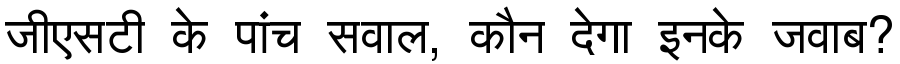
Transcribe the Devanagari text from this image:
जीएसटी के पांच सवाल, कौन देगा इनके जवाब?